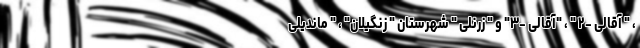
، " آقالی -۲ " ، "آقالی -۳" و " زرنلی " شهرستان " زنگیلان" ، " ماندیلی